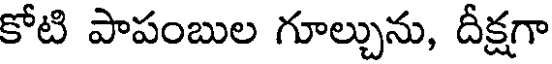
కోటి పాపంబుల గూల్చును, దీక్షగా